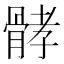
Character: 𩩉